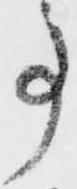
事